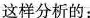
这样分析的：